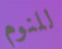
للنوم